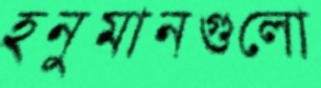
হনুমানগুলো